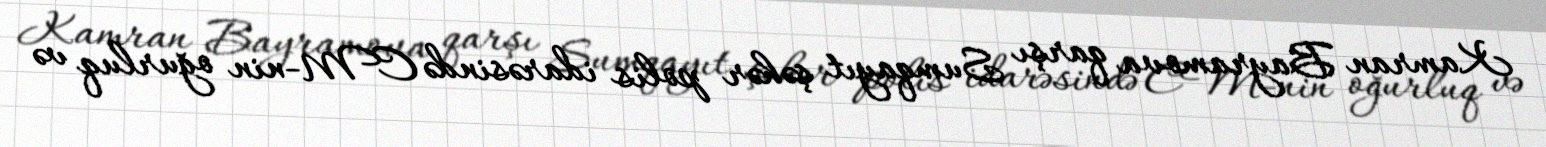
Kamran Bayramova qarşı Sumqayıt şəhər polis idarəsində CM-nin oğurluq və